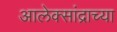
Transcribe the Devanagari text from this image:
आलेक्सांद्राच्या